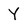
Character: Y